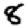
Digit: 8